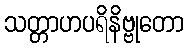
သတ္တာဟပရိနိဗ္ဗုတော